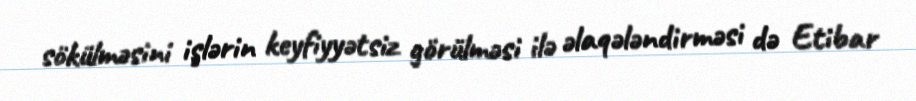
sökülməsini işlərin keyfiyyətsiz görülməsi ilə əlaqələndirməsi də Etibar